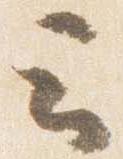
云